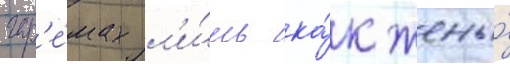
гар'е́мах л'и́шь ка́к жены́